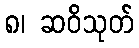
၈၊ ဆဝိသုတ်